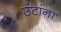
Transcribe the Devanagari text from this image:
उंटांना